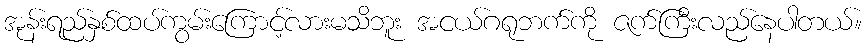
အုန်းရည်နှစ်ထပ်ကွမ်းကြောင့်လားမသိဘူး အငယ်ဂရုဘက်ကို ဇက်ကြီးလည်နေပါတယ်။